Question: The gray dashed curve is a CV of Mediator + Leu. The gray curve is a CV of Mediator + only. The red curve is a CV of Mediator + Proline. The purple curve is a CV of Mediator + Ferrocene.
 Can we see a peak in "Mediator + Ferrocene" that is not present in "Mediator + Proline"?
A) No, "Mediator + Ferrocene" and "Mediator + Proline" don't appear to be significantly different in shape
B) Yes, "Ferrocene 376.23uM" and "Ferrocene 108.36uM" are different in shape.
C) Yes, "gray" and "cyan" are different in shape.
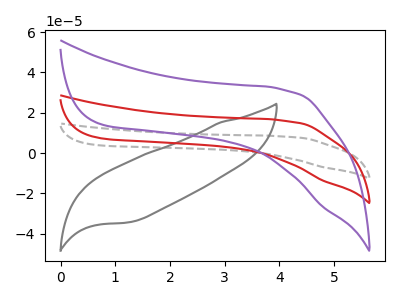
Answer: <think>The gray dashed curve "Mediator + Leu" has no peaks. The gray curve "Mediator + only" has no peaks. The red curve "Mediator + Proline" has no peaks. The purple curve "Mediator + Ferrocene" has no peaks.
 Neither "Mediator + Ferrocene" or "Mediator + Proline" have any peaks.</think>
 <answer>A) No, "Mediator + Ferrocene" and "Mediator + Proline" don't appear to be significantly different in shape</answer>
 <eval>A</eval>